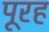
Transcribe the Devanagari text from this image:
पूरह